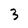
Character: 3